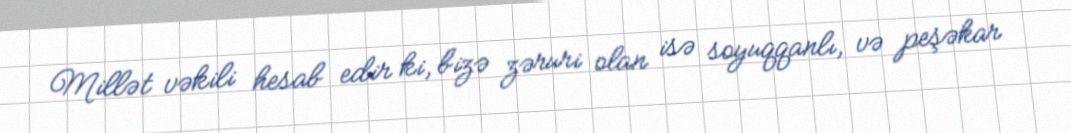
Millət vəkili hesab edir ki, bizə zəruri olan isə soyuqqanlı, və peşəkar